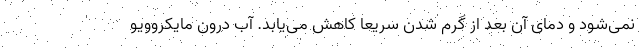
نمی‌شود و دمای آن بعد از گرم شدن سریعا کاهش می‌یابد. آب درون مایکروویو